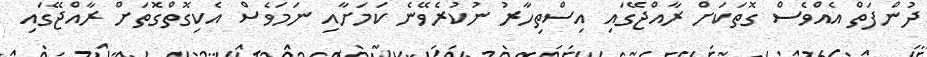
ދުންފަތް އެއްވެސް ގޮތަކަށް ރާއްޖޭގައި އިސްތިހާރު ނުކުރެވޭނެ ކަމަށާއި ނަމަވެސް އެކިގޮތްގޮތަށް ރާއްޖޭގައި